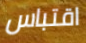
اقتباس